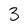
Character: 3